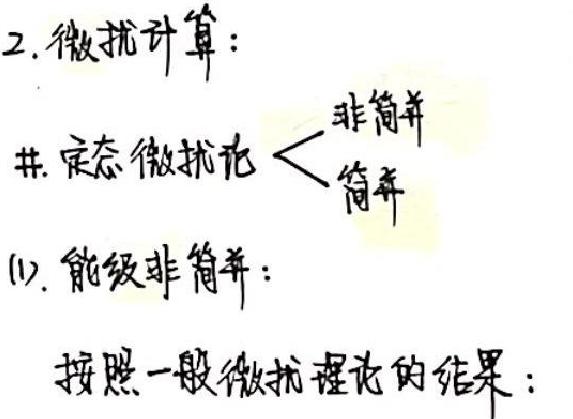
2. 微扰计算：
#. 定态微扰论 < 非简并
  简并
(1). 能级非简并：
按照一般微扰理论的结果：